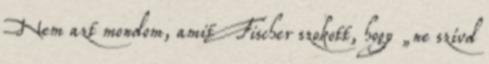
Nem azt mondom, amit Fischer szokott, hogy „ne szívd